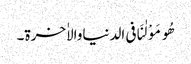
ھُومَوْلٰنَافی الدنیاوالاٰخرۃ۔